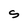
Character: S